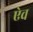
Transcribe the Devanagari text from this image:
ऐव